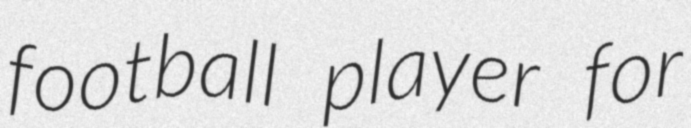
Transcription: football player for